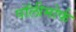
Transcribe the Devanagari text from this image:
पॉलीमोर्फ